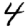
Digit: 4